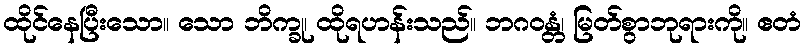
ထိုင်နေပြီးသော။ သော ဘိက္ခု၊ ထိုရဟန်းသည်။ ဘဂဝန္တံ၊ မြတ်စွာဘုရားကို။ ဧတံ